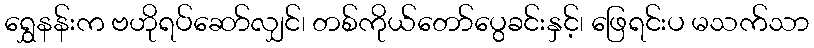
ရွှေနန်းက ဗဟိုရပ်ဆော်လျှင်၊ တစ်ကိုယ်တော်ပွေခင်းနှင့်၊ ဖြေရင်းပ မသက်သာ